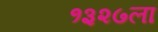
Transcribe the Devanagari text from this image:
१३२७ला